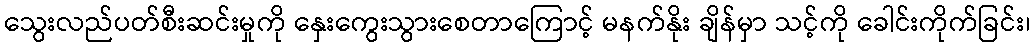
သွေးလည်ပတ်စီးဆင်းမှုကို နှေးကွေးသွားစေတာကြောင့် မနက်နိုး ချိန်မှာ သင့်ကို ခေါင်းကိုက်ခြင်း၊